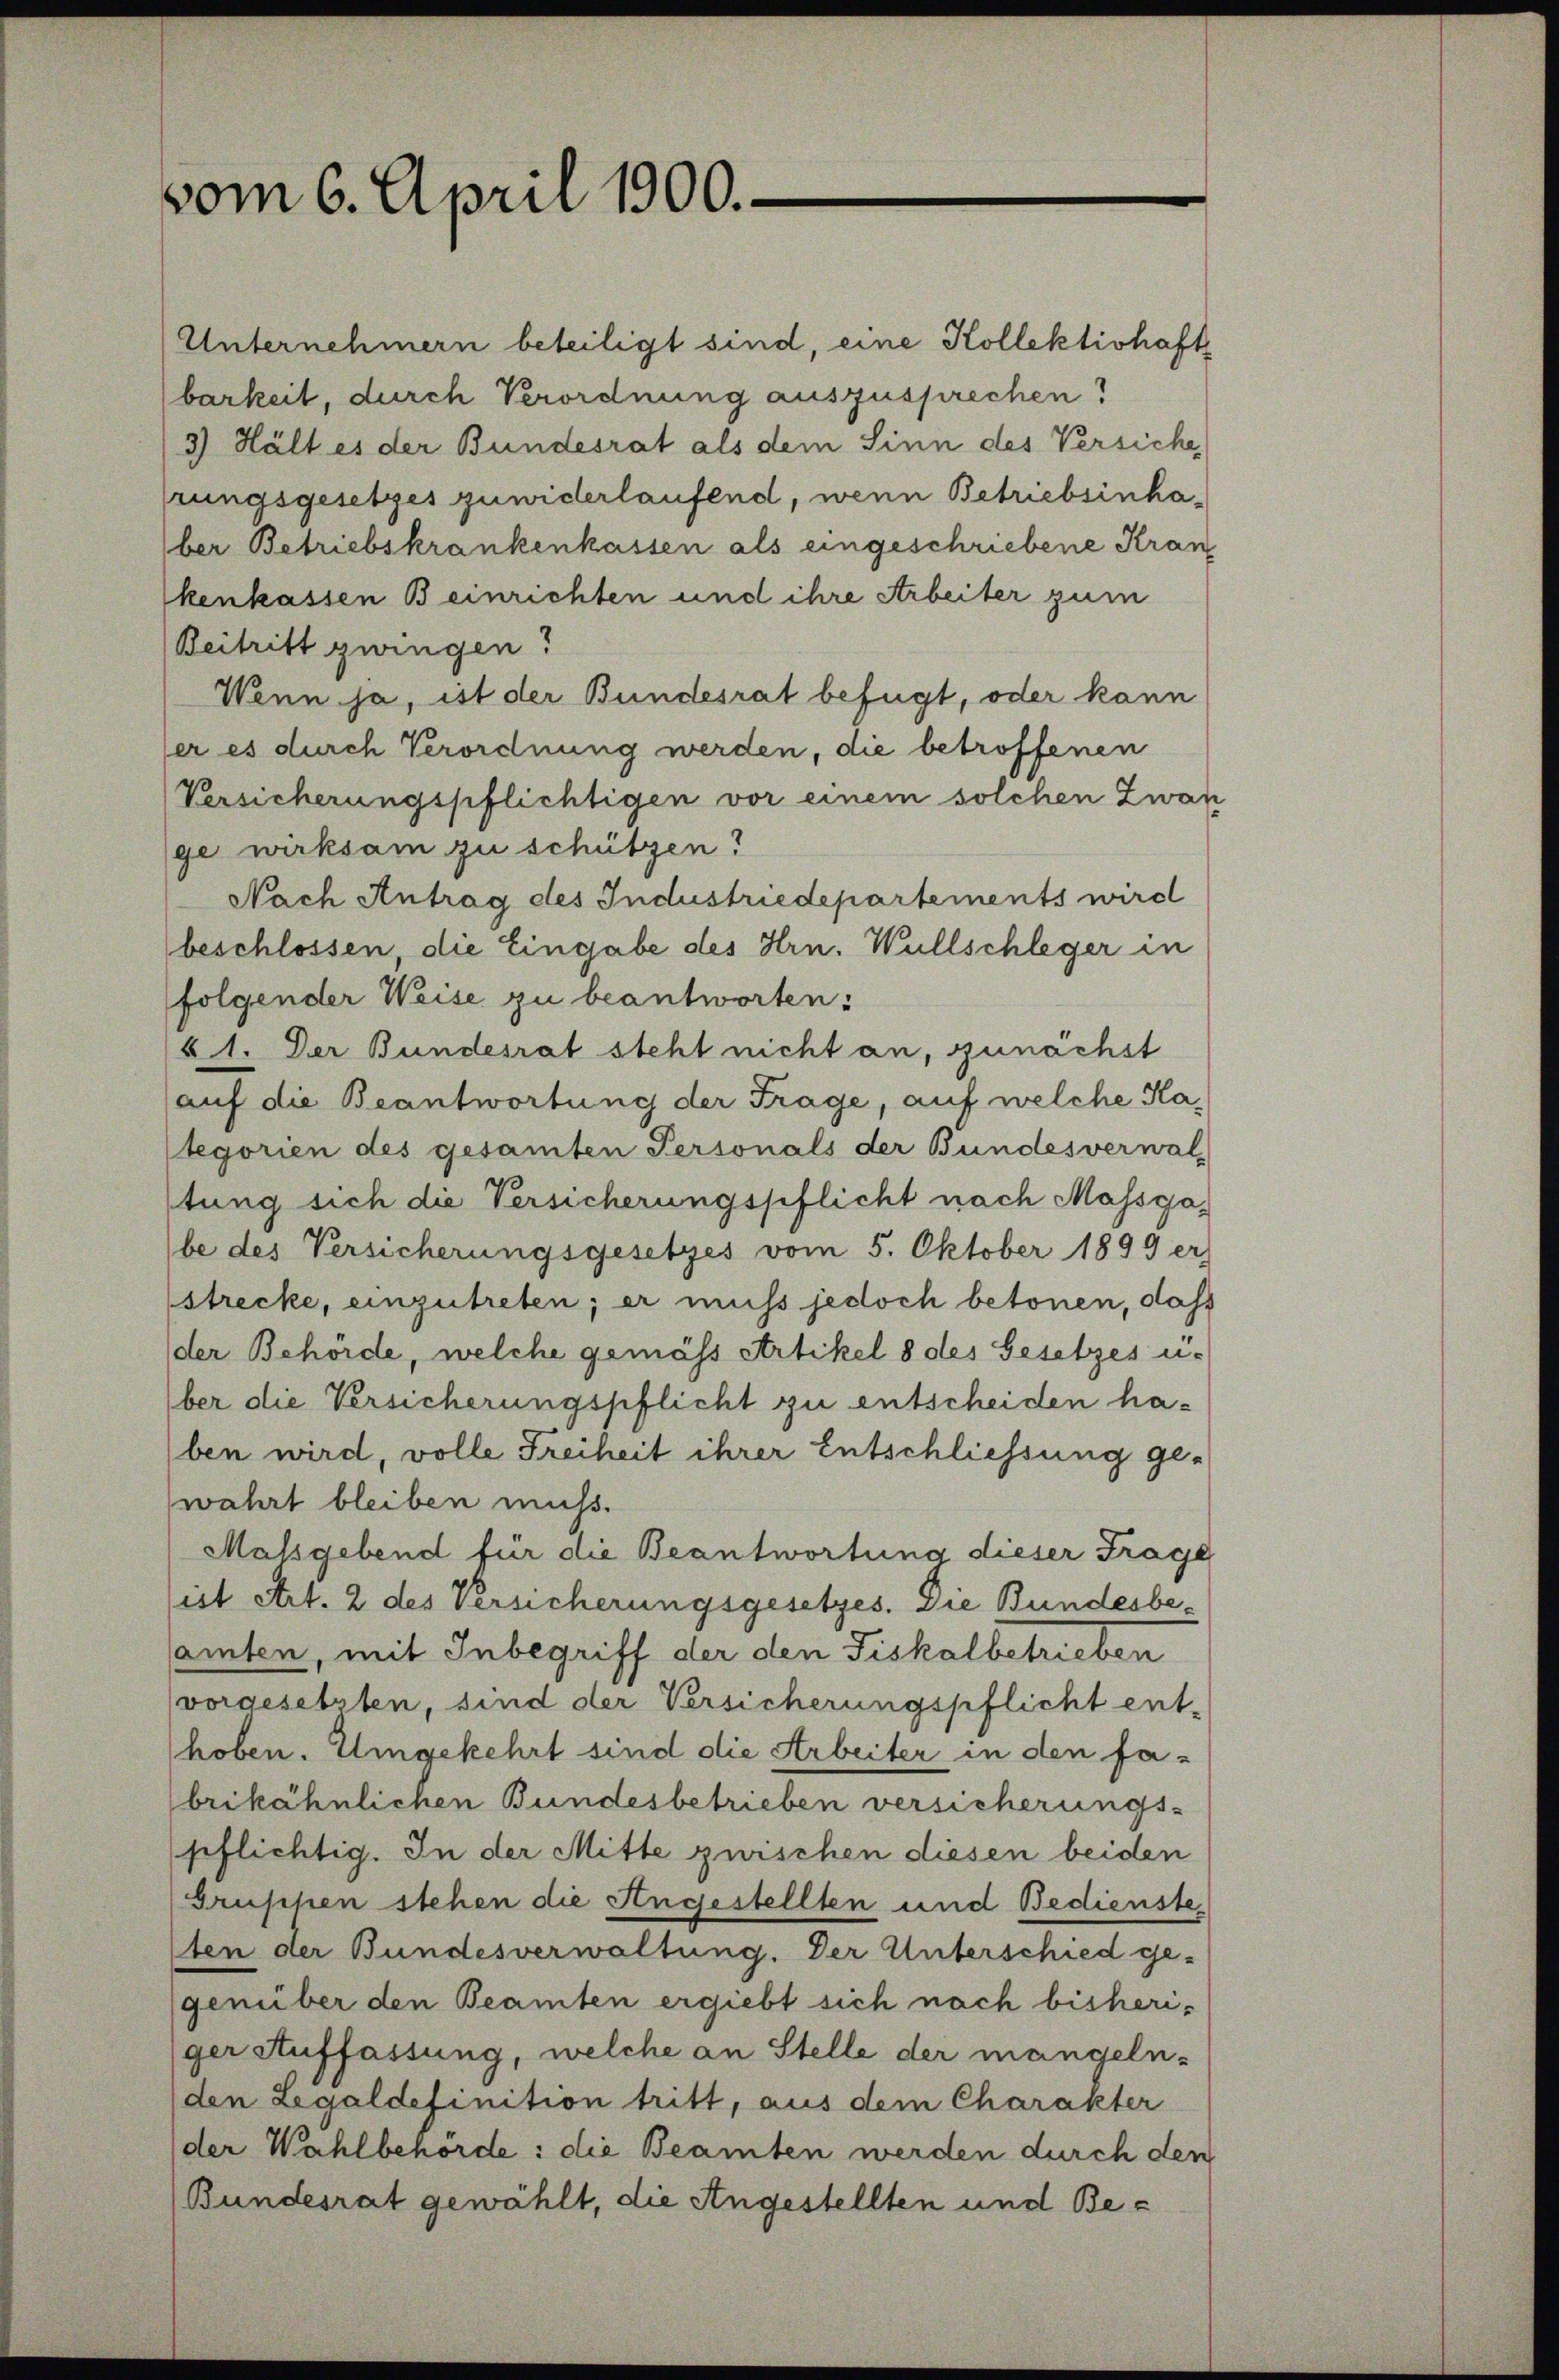
vom 6. April 1900.

Unternehmern beteiligt sind, eine Kollektiohaft
barkeit, durch Verordnung auszusprechen?
3) Hält es der Bundesrat als dem Sinn des Versiche
rungsgesetzes zuwiderlaufend, wenn Betriebsinhaber Betriebskrankenkassen als eingeschriebene Kran
kenkassen Beinrichten und ihre Arbeiter zum
Beitritt zwingen?
Wenn ja, ist der Bundesrat befügt, oder kann
er es durch Verordnung werden, die betroffenen
Versicherungspflichtigen vor einem solchen Zwan
ge wirksam zu schützen?
Nach Antrag des Industriedepartements wird
beschlossen, die Eingabe des Hrn. Wüllschleger in
folgender Weise zu beantworten:
61. Der Bundesrat steht nicht an, zunächst
auf die Beantwortung der Frage, auf welche Kategorien des gesamten Personals der Bundesverwal
tung sich die Versicherungspflicht nach Massgabe des Versicherungsgesetzes vom 5. Oktober 1899 er
strecke, einzutreten; er muss jedoch betonen, daß
der Behörde, welche gemäss Artikel 8 des Gesetzes u-
ber die Versicherungspflicht zu entscheiden haben wird, volle Freiheit ihrer Entschliessung ge-
wahrt bleiben muß.
Massgebend für die Beantwortung dieser Frage
ist Art. 2 des Versicherungsgesetzes. Die Bundesbesamten, mit Inbegriff der den Fiskalbetrieben
vorgesetzten, sind der Versicherungspflicht ent-
hoben. Umgekehrt sind die Arbeiter in den fa-
brikähnlichen Bundesbetrieben versicherungs-
pflichtig. In der Mitte zwischen diesen beiden
Grüssen stehen die Angestellten und Bedienste
ten der Bundesverwaltung. Der Unterschied ge-
genüber den Beamten ergiebt sich nach bisheriger Auffassung, welche an Stelle der mangelnden Legaldefinition tritt, aus dem Charakter
der Wahlbehörde: die Beamten werden durch den
(Bundesrat gewählt, die Angestellten und Be¬